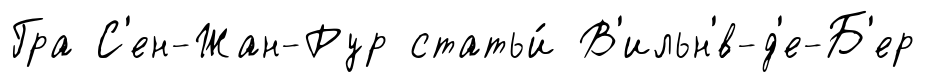
Гра С'ен-Жан-Рур статьи́ В'ильн'́в-д'е-Б'ер